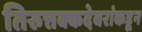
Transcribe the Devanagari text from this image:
तिरुत्तक्कदेवरांकडून